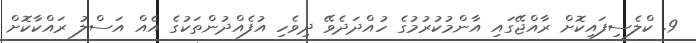
9. ކްލެސިފައިކޮށް ރާއްޖޭގައި އާންމުކުރުމުގެ ހުއްދަދެވޭ ދިވެހި އުފެއްދުންތަކުގެ އެއް އަސްލު ރައްކާކޮށް